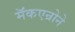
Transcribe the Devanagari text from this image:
मॅकएन्रोने